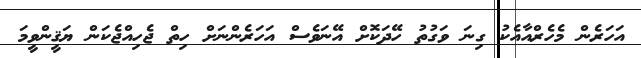
އަހަރެން މެހެރްއާއެކު ގިނަ ވަގުތު ހޭދަކޮށް އޭނަވެސް އަހަރެންނަށް ހިތް ޖެހިއްޖެކަން ޔަޤީންވީމަ